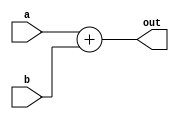
`timescale 1ns / 1ps
//////////////////////////////////////////////////////////////////////////////////
// Company: 
// Engineer: 
// 
// Design Name: 
// Module Name:    ADD 
// Project Name: 
// Target Devices: 
// Tool versions: 
// Description: 
//
// Dependencies: 
//
// Revision: 
// Revision 0.01 - File Created
// Additional Comments: 
//
//////////////////////////////////////////////////////////////////////////////////
module Add(
    input [31:0] a,
    input [31:0] b,
    output [31:0] out
    );
	 assign out = a + b;


endmodule